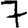
Digit: 7